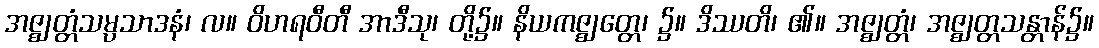
အဇ္ဈတ္တံသမ္ပသာဒနံ၊ လ။ ဝိဟရဝီတီ အာဒီသု၊ တို့၌။ နိယကဇ္ဈတ္တေ၊ ၌။ ဒိဿတိ၊ ၏။ အဇ္ဈတ္တံ၊ အဇ္ဈတ္တသန္တာန်၌။